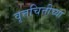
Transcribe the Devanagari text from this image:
वृत्तचित्तीच्या